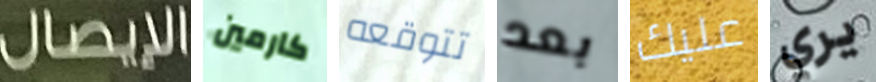
الإيصال كارمين تتوقعه بعد عليك يري